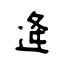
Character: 逄